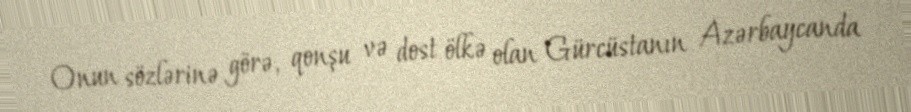
Onun sözlərinə görə, qonşu və dost ölkə olan Gürcüstanın Azərbaycanda